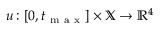
{ u \colon [ 0 , t _ { \mathrm { ~ m ~ a ~ x ~ } } ] \times \mathbb { X } \to \mathbb { R } ^ { 4 } }